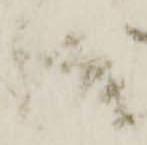
越